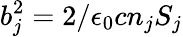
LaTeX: b_{j}^{2}=2/\epsilon_{0}cn_{j}S_{j}